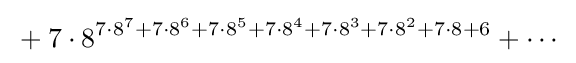
{}+7\cdot 8^{7\cdot 8^{7}+7\cdot 8^{6}+7\cdot 8^{5}+7\cdot 8^{4}+7\cdot 8^{3}+7\cdot 8^{2}+7\cdot 8+6}+\cdots